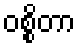
ဝစ္စိတာ